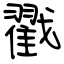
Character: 戳